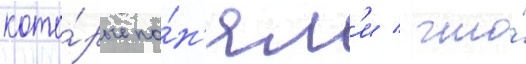
кото́рые по́н'ял'и / что́